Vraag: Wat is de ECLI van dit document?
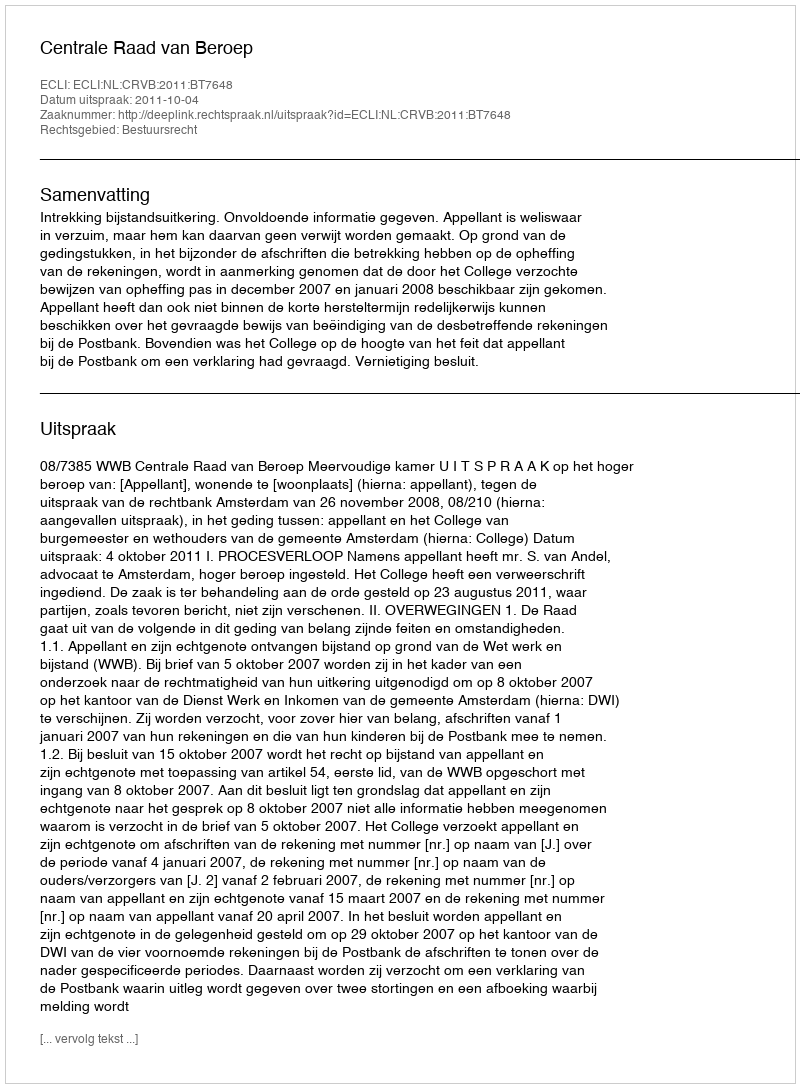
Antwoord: ECLI:NL:CRVB:2011:BT7648